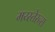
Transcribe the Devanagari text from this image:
मय्स्तेरन्स